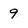
Character: 9